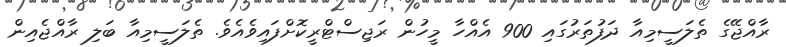
ރާއްޖޭގެ ތެލަސީމިއާ ދަފުތަރުގައި 900 އެއްހާ މީހުން ރަޖިސްޓްރީކޮށްފައިވެއެވެ. ތެލަސީމިއާ ބަލި ރާއްޖެއިން